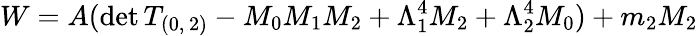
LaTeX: W=A(\mathrm{det}\, T_{(0,\, 2)}-M_{0}M_{1}M_{2}+\Lambda_{1}^{4}M_{2}+\Lambda_{2}^{4}M_{0})+m_{2}M_{2}